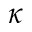
\kappa